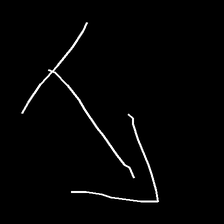
Glyph: levitation